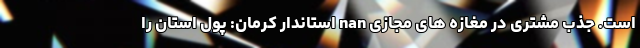
است. جذب مشتری در مغازه های مجازی nan استاندار کرمان: پول استان را